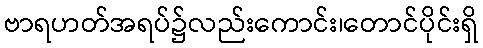
ဗာရဟတ်အရပ်၌လည်းကောင်း၊တောင်ပိုင်းရှိ